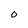
Character: 0